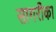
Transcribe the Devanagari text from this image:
सागरीका